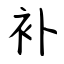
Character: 补